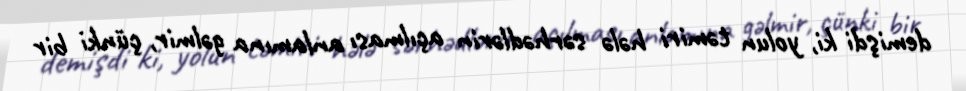
demişdi ki, yolun təmiri hələ sərhədlərin açılması anlamına gəlmir, çünki bir